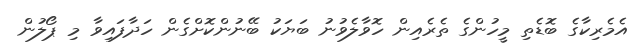
އެމެރިކާގެ ބޮޑެތި މީހުންގެ ތެރެއިން ހޮވާލެވުނު ބަޔަކު ބޭނުންކޮށްގެން ހަދާފައިވާ މި ޕޯލުން